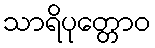
သာရိပုတ္တောဝ